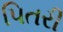
પિતરી